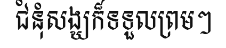
ជំនុំសង្ឃក៏ទទួលព្រមៗ